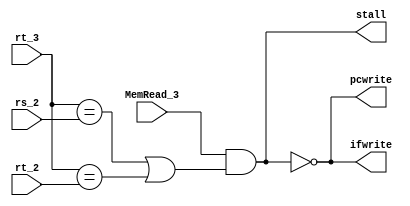
module LoadUse(MemRead_3,rt_2,rt_3,rs_2,stall,pcwrite,ifwrite);
input MemRead_3;//id_exMemRead
input rt_2;//if_idrt
input rt_3;//id_exrt
input rs_2;//if_idrs
output reg stall;//stallid_exEXMEMWB
output reg pcwrite;//pcwritePC
output reg ifwrite;//ifwriteif_id

always @(*)
begin
     stall<=MemRead_3&((rt_3==rs_2)||(rt_3==rt_2));
     pcwrite<=~stall;
     ifwrite<=~stall;	
end
endmodule